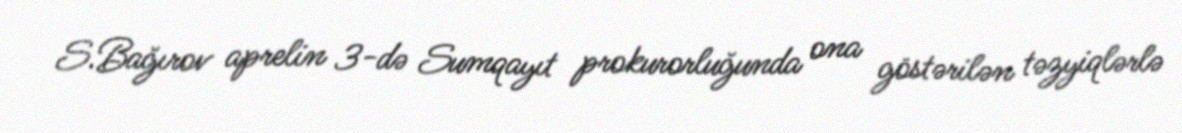
S.Bağırov aprelin 3-də Sumqayıt prokurorluğunda ona göstərilən təzyiqlərlə